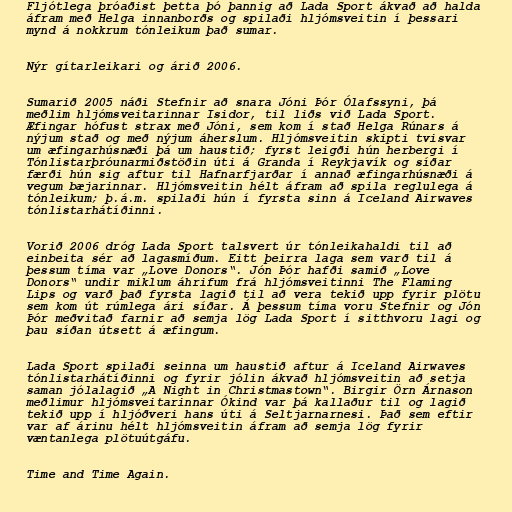
Fljótlega þróaðist þetta þó þannig að Lada Sport ákvað að halda
áfram með Helga innanborðs og spilaði hljómsveitin í þessari
mynd á nokkrum tónleikum það sumar.

Nýr gítarleikari og árið 2006.

Sumarið 2005 náði Stefnir að snara Jóni Þór Ólafssyni, þá
meðlim hljómsveitarinnar Isidor, til liðs við Lada Sport.
Æfingar hófust strax með Jóni, sem kom í stað Helga Rúnars á
nýjum stað og með nýjum áherslum. Hljómsveitin skipti tvisvar
um æfingarhúsnæði þá um haustið; fyrst leigði hún herbergi í
Tónlistarþróunarmiðstöðin úti á Granda í Reykjavík og síðar
færði hún sig aftur til Hafnarfjarðar í annað æfingarhúsnæði á
vegum bæjarinnar. Hljómsveitin hélt áfram að spila reglulega á
tónleikum; þ.á.m. spilaði hún í fyrsta sinn á Iceland Airwaves
tónlistarhátíðinni.

Vorið 2006 dróg Lada Sport talsvert úr tónleikahaldi til að
einbeita sér að lagasmíðum. Eitt þeirra laga sem varð til á
þessum tíma var „Love Donors“. Jón Þór hafði samið „Love
Donors“ undir miklum áhrifum frá hljómsveitinni The Flaming
Lips og varð það fyrsta lagið til að vera tekið upp fyrir plötu
sem kom út rúmlega ári síðar. Á þessum tíma voru Stefnir og Jón
Þór meðvitað farnir að semja lög Lada Sport í sitthvoru lagi og
þau síðan útsett á æfingum.

Lada Sport spilaði seinna um haustið aftur á Iceland Airwaves
tónlistarhátíðinni og fyrir jólin ákvað hljómsveitin að setja
saman jólalagið „A Night in Christmastown“. Birgir Örn Árnason
meðlimur hljómsveitarinnar Ókind var þá kallaður til og lagið
tekið upp í hljóðveri hans úti á Seltjarnarnesi. Það sem eftir
var af árinu hélt hljómsveitin áfram að semja lög fyrir
væntanlega plötuútgáfu.

Time and Time Again.